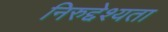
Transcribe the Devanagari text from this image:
निरुद्देश्यता